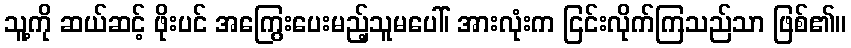
သူ့ကို ဆယ်ဆင့် ဖိုးပင် အကြွေးပေးမည့်သူမပေါ်၊ အားလုံးက ငြင်းလိုက်ကြသည်သာ ဖြစ်၏။